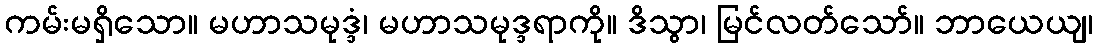
ကမ်းမရှိသော။ မဟာသမုဒ္ဒံ၊ မဟာသမုဒ္ဒရာကို။ ဒိသွာ၊ မြင်လတ်သော်။ ဘာယေယျ၊